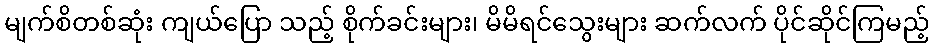
မျက်စိတစ်ဆုံး ကျယ်ပြော သည့် စိုက်ခင်းများ၊ မိမိရင်သွေးများ ဆက်လက် ပိုင်ဆိုင်ကြမည့်